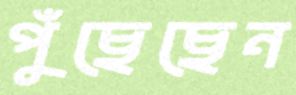
পুঁছেছেন